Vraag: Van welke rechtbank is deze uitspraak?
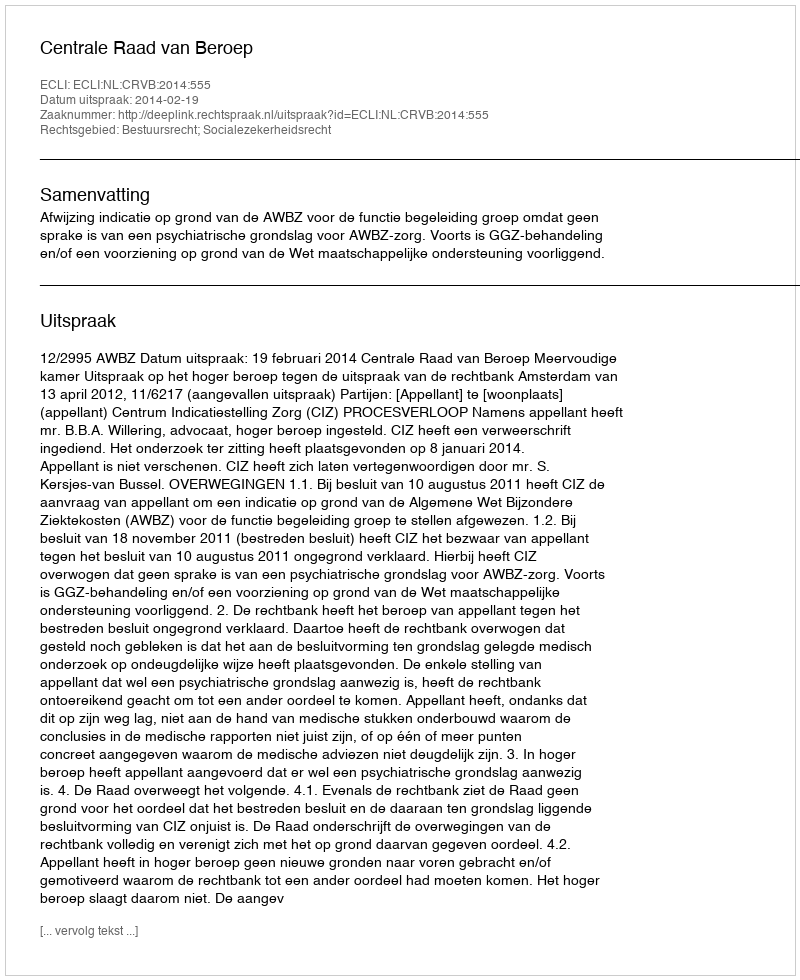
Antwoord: Centrale Raad van Beroep